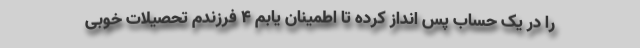
را در یک حساب پس انداز کرده تا اطمینان یابم ۴ فرزندم تحصیلات خوبی